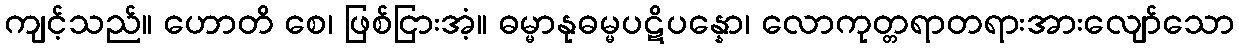
ကျင့်သည်။ ဟောတိ စေ၊ ဖြစ်ငြားအံ့။ ဓမ္မာနုဓမ္မပဋိပန္နော၊ လောကုတ္တရာတရားအားလျော်သော